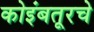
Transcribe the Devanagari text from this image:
कोइंबतूरचे